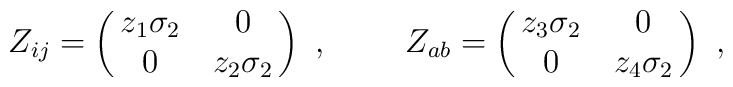
Z_{ij} = \pmatrix{z_1\sigma_2 & 0 \cr0 &z_2\sigma_2 \cr } \ , ~~~~~~~Z_{ab} = \pmatrix{z_3\sigma_2 & 0 \cr  0 & z_4\sigma_2 \cr} \ ,